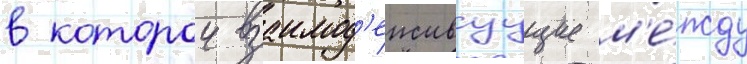
в которои взаимод'еиствуущие м'е́жду